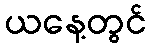
ယနေ့တွင်